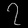
Digit: ၇